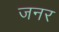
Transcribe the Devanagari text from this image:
जनर